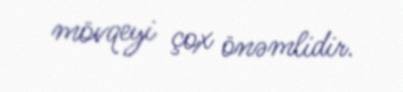
mövqeyi çox önəmlidir.